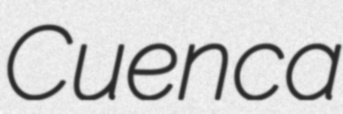
Cuenca